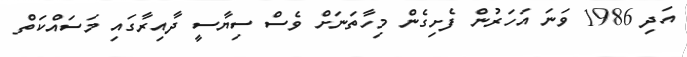
އަދި 1986 ވަނަ އަހަރުން ފެށިގެން މިހާތަނަށް ވެސް ސިޔާސީ ދާއިރާގައި މަސައްކަތް